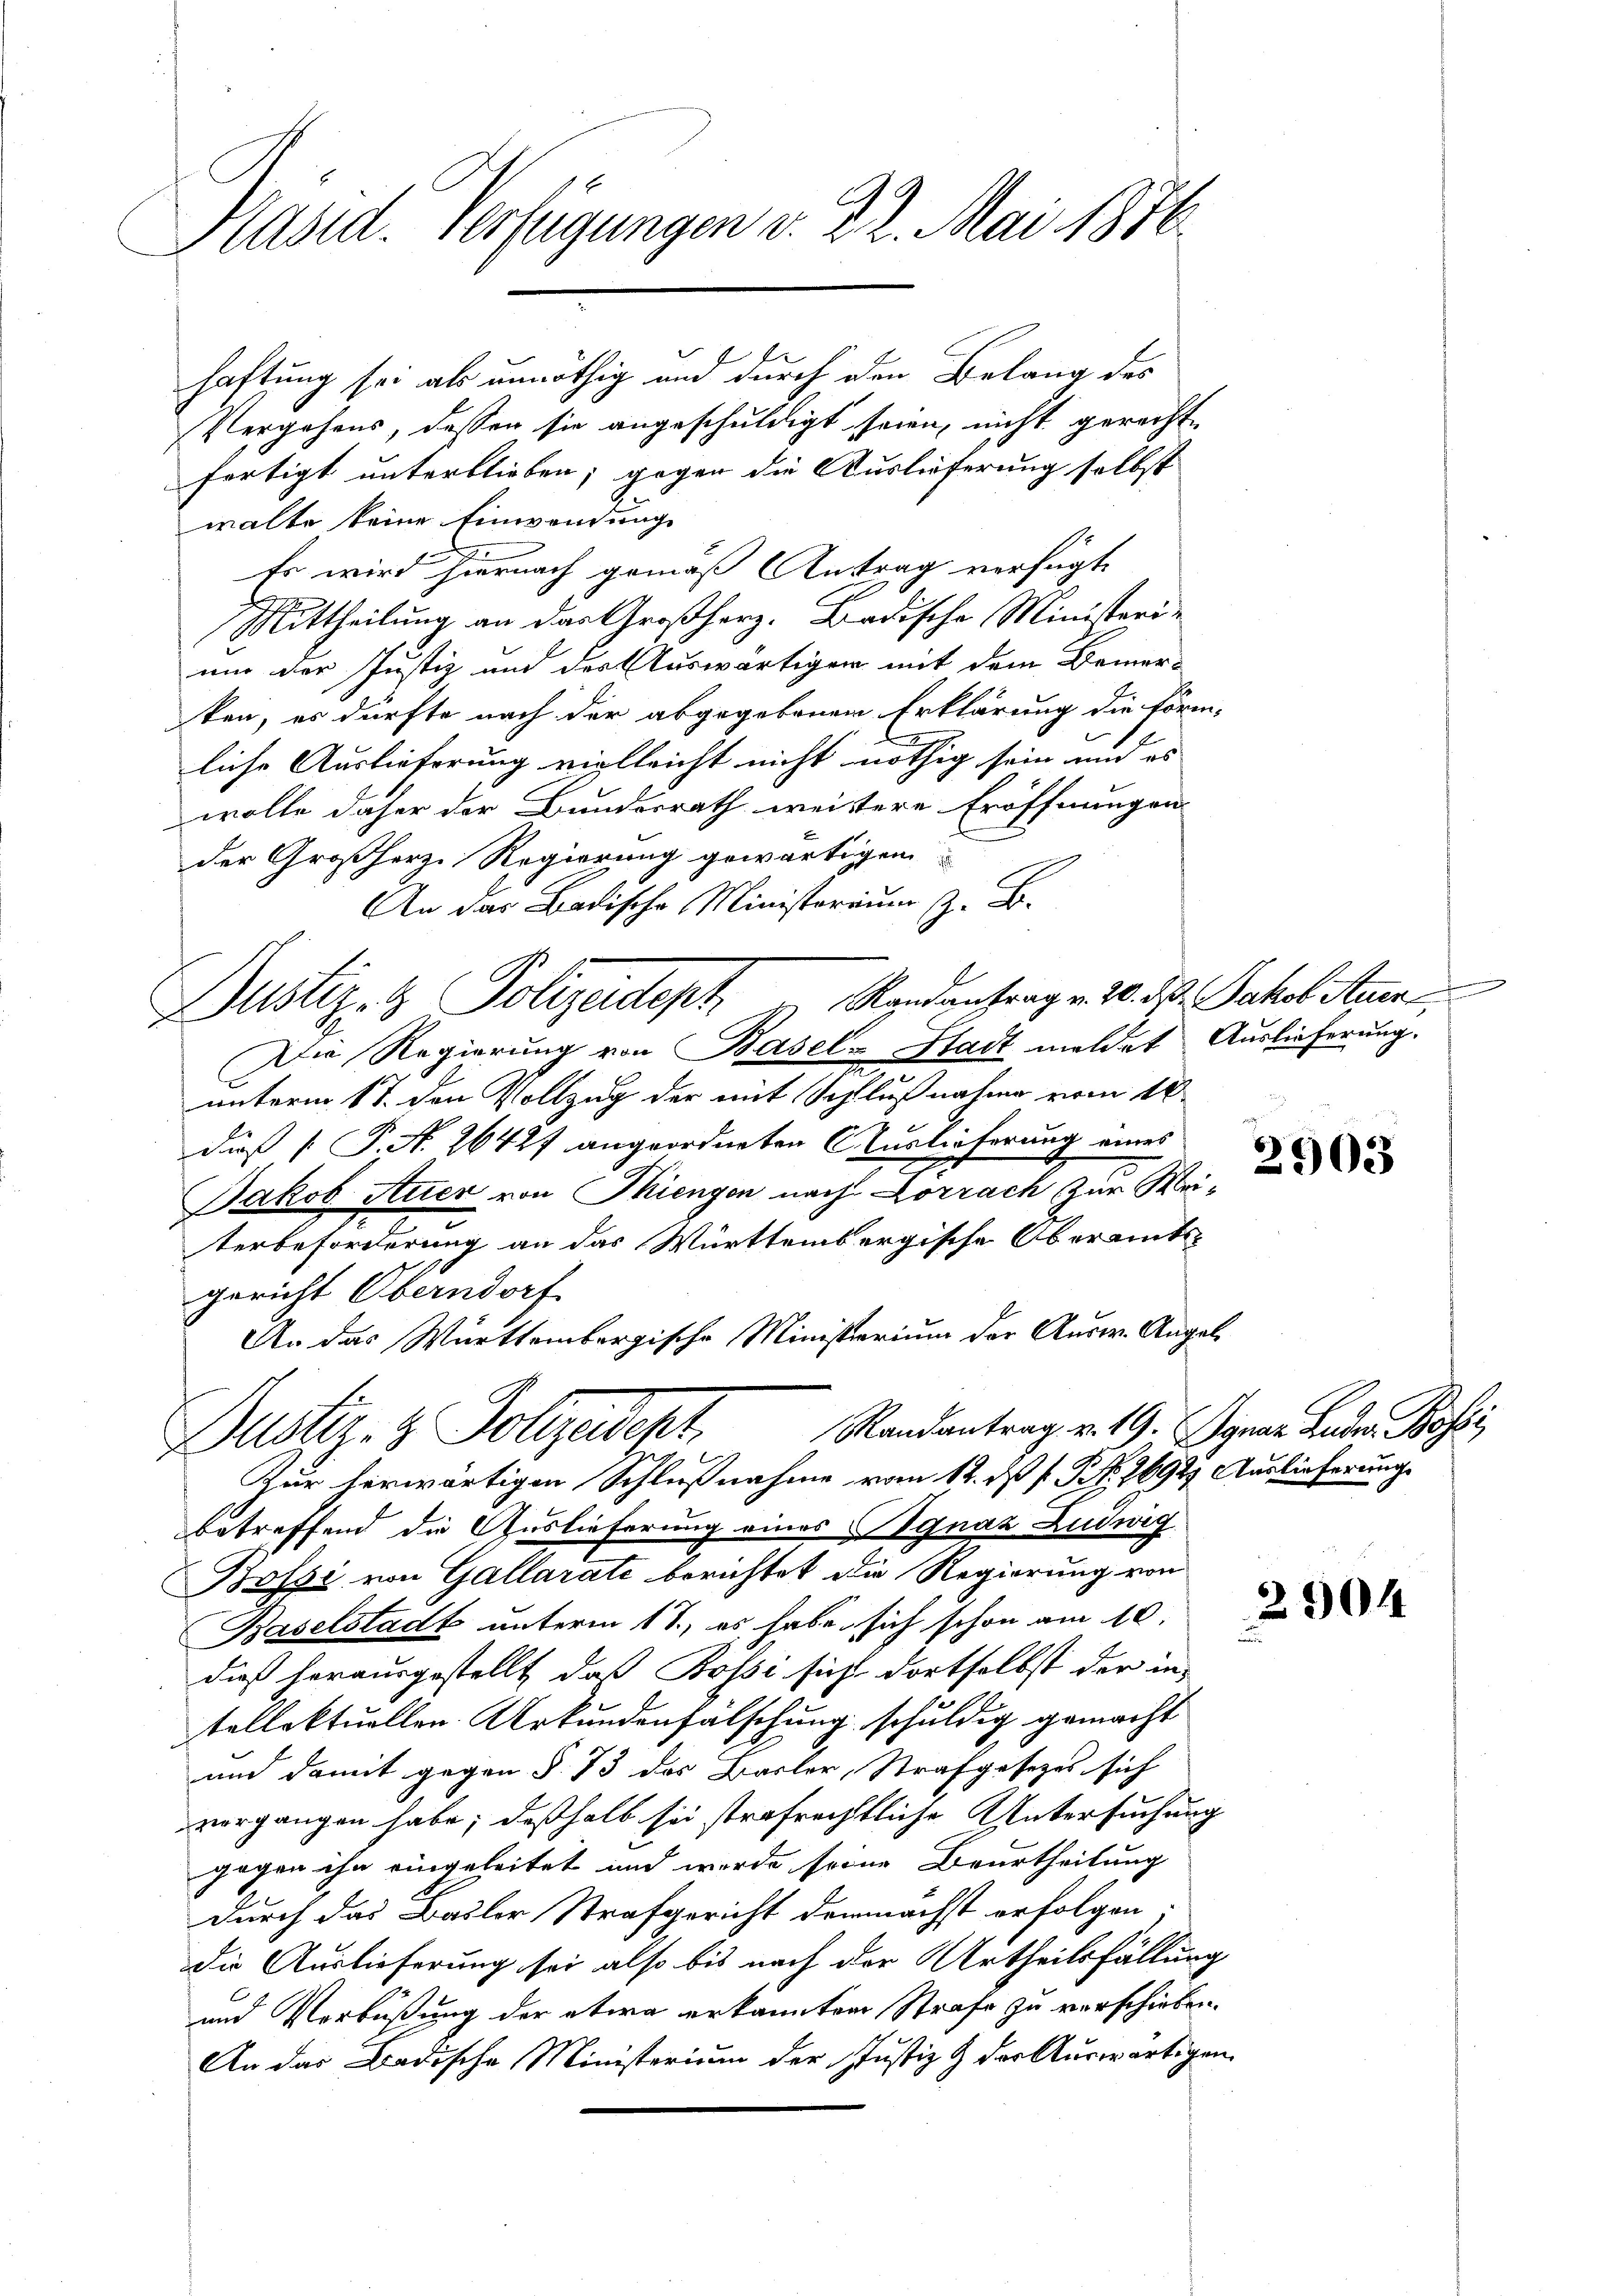
Näsid. Verfügungen v. 22. Mai 1810

f
haftung sei als unnöthig um durch den Belang des

fr
Vergehens, dassen sie angeschuldigt seien, nicht gerechtfertigt unterblieben; gegen die Auslieferung selbst
walte keine Einwendung
Es wird hiernach gemäß Antrag verfügt
Mittheilung an das Großherz. Badische Ministeri-
um der Justiz und der Auswärtigen mit dem Bemer-
ken, es dürfte nach der abgegebenen Erklärung die förm-
liche Auslieferung vielleicht nicht nöthig sein und es |
wolle daher der Bundesrath weitere Eröffnungen
der Großherz Regierung gewärtigen
An das Badische Ministerium z. B.
Die Regierung von Basel-Stadt meldet Auslieferung.
unterm 17. den Vollzug der mit Schlußnahme vom 12.
dieß P. N. 26427 angeordneten Auslieferung eines
Jakob Auer von Miengen nach Lörrach zur Weiterbeforderung an das Württembergische Oberamtsgericht Oberndorf
An das Württembergische Ministrarium der Ausw. Angel
Randantrag v. 19. Jgnar Lader Bossi
Dustiz- & Vollzudest
Zur herwärtigen Schlußnahme vom 12. ds P. Nr. 1692) Auslieferung
betreffend die Auslieferung eines Ignaz Ludwig
Boszi von Gallarate berichtet die Regierung von
Baselstadt unterm 18., es habe sich schon am 10.
dieß herausgestellt, daß Bossi sicht dortselbst der in-
tellektuellen Urkundenfälschung schuldig gemacht
und damit gegen § 73 des Basler, Strafgesezes sich
vorgangen habe; deßhalb sei strafrechtliche Untersuchung
gegen ihn eingeleitet und werde seine Beurtheilung
durch das Basler Strafgericht demnächst erfolgen
die Auslieferung sei also bis nach der Urtheilsfällung
und Verbüßung der etwa erkannten Strafe zu verschieben.
An das Badische Ministerium der Justiz & der Auswärtigen

Dustiz- & Polizeidept.  Randantrag v. 20. d. Jakob Stum

2903

2904